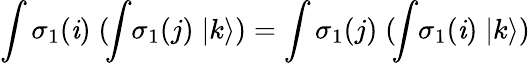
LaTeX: \int\sigma_{1}(\mathit{i})\; (\! \int\! \sigma_{1}(j)\; |k\rangle)=\int\sigma_{1}(j)\; (\! \int\! \sigma_{1}(\mathit{i})\; |k\rangle)